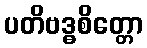
ပတိဗဒ္ဓစိတ္တော